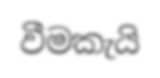
වීමකැයි